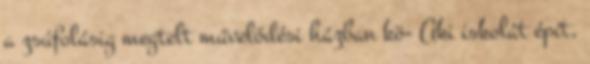
a zsúfolásig megtelt művelődési házban kö- Aki iskolát épít,